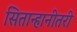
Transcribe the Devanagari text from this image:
सितान्हानीतरी